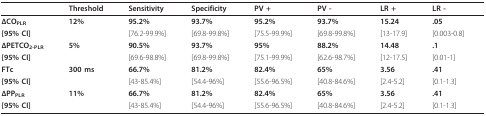
<table><thead><tr><td></td><td><b>Threshold</b></td><td><b>Sensitivity</b></td><td><b>Specificity</b></td><td><b>PV +</b></td><td><b>PV -</b></td><td><b>LR +</b></td><td><b>LR -</b></td></tr></thead><tbody><tr><td><b>ΔCO</b><sub><b>PLR</b></sub></td><td><b>12%</b></td><td><b>95.2%</b></td><td><b>93.7%</b></td><td><b>95.2%</b></td><td><b>93.7%</b></td><td><b>15.24</b></td><td><b>.05</b></td></tr><tr><td><b>[95% CI]</b></td><td></td><td>[76.2-99.9%]</td><td>[69.8-99.8%]</td><td>[75.5-99.9%]</td><td>[69.8-99.8%]</td><td>[13-17.9]</td><td>[0.003-0.8]</td></tr><tr><td><b>ΔPETCO</b><sub><b>2-PLR</b></sub></td><td><b>5%</b></td><td><b>90.5%</b></td><td><b>93.7%</b></td><td><b>95%</b></td><td><b>88.2%</b></td><td><b>14.48</b></td><td><b>.1</b></td></tr><tr><td><b>[95% CI]</b></td><td></td><td>[69.6-98.8%]</td><td>[69.8-99.8%]</td><td>[75.1-99.9%]</td><td>[62.6-98.7%]</td><td>[12-17.5]</td><td>[0.01-1]</td></tr><tr><td><b>FTc</b></td><td><b>300 ms</b></td><td><b>66.7%</b></td><td><b>81.2%</b></td><td><b>82.4%</b></td><td><b>65%</b></td><td><b>3.56</b></td><td><b>.41</b></td></tr><tr><td><b>[95% CI]</b></td><td></td><td>[43-85.4%]</td><td>[54.4-96%]</td><td>[55.6-96.5%]</td><td>[40.8-84.6%]</td><td>[2.4-5.2]</td><td>[0.1-1.3]</td></tr><tr><td><b>ΔPP</b><sub><b>PLR</b></sub></td><td><b>11%</b></td><td><b>66.7%</b></td><td><b>81.2%</b></td><td><b>82.4%</b></td><td><b>65%</b></td><td><b>3.56</b></td><td><b>.41</b></td></tr><tr><td><b>[95% CI]</b></td><td></td><td>[43-85.4%]</td><td>[54.4-96%]</td><td>[55.6-96.5%]</td><td>[40.8-84.6%]</td><td>[2.4-5.2]</td><td>[0.1-1.3]</td></tr></tbody></table>